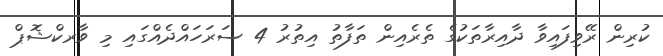
ކުރިން ރޭވިފައިވާ ދާއިރާތަކުގެ ތެރެއިން ތަފާތު އިތުރު 4 ސަރަހައްދެއްގައި މި ވާރކްޝޮޕް